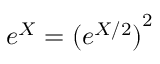
e ^ { X } = ( { e ^ { X / 2 } ) } ^ { 2 }